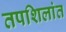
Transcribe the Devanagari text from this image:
तपशिलांत